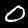
Digit: 0